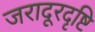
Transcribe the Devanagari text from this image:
जरादूरदृष्टि